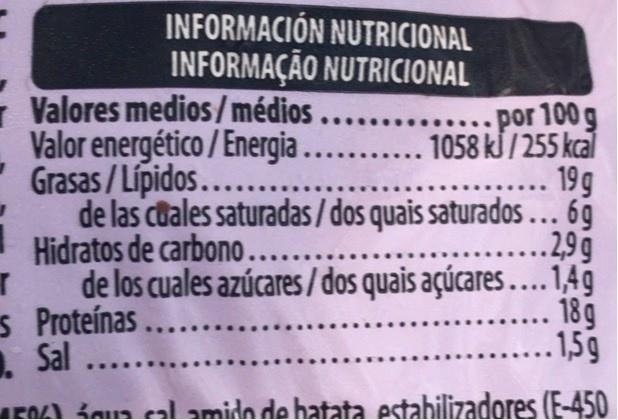
INFORMACIÓN NUTRICIONAL INFORMAÇÃO NUTRICIONAL
- Valores medios/médios Valor energético / Energia .......... 1058 kJ / 255 kcal Grasas / Lípidos.... de las cuales saturadas/ dos quais saturados... 6g Hidratos de carbono... de los cuales azúcares / dos quais açúcares....149 s Proteínas. Sal ...
por 100 g
... 19 g
.2,9g
18g 1,5g
EO) Laus cal amido de batata estabilizadores (E-450